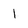
Character: 1